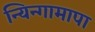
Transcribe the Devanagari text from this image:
न्यिन्गामापा